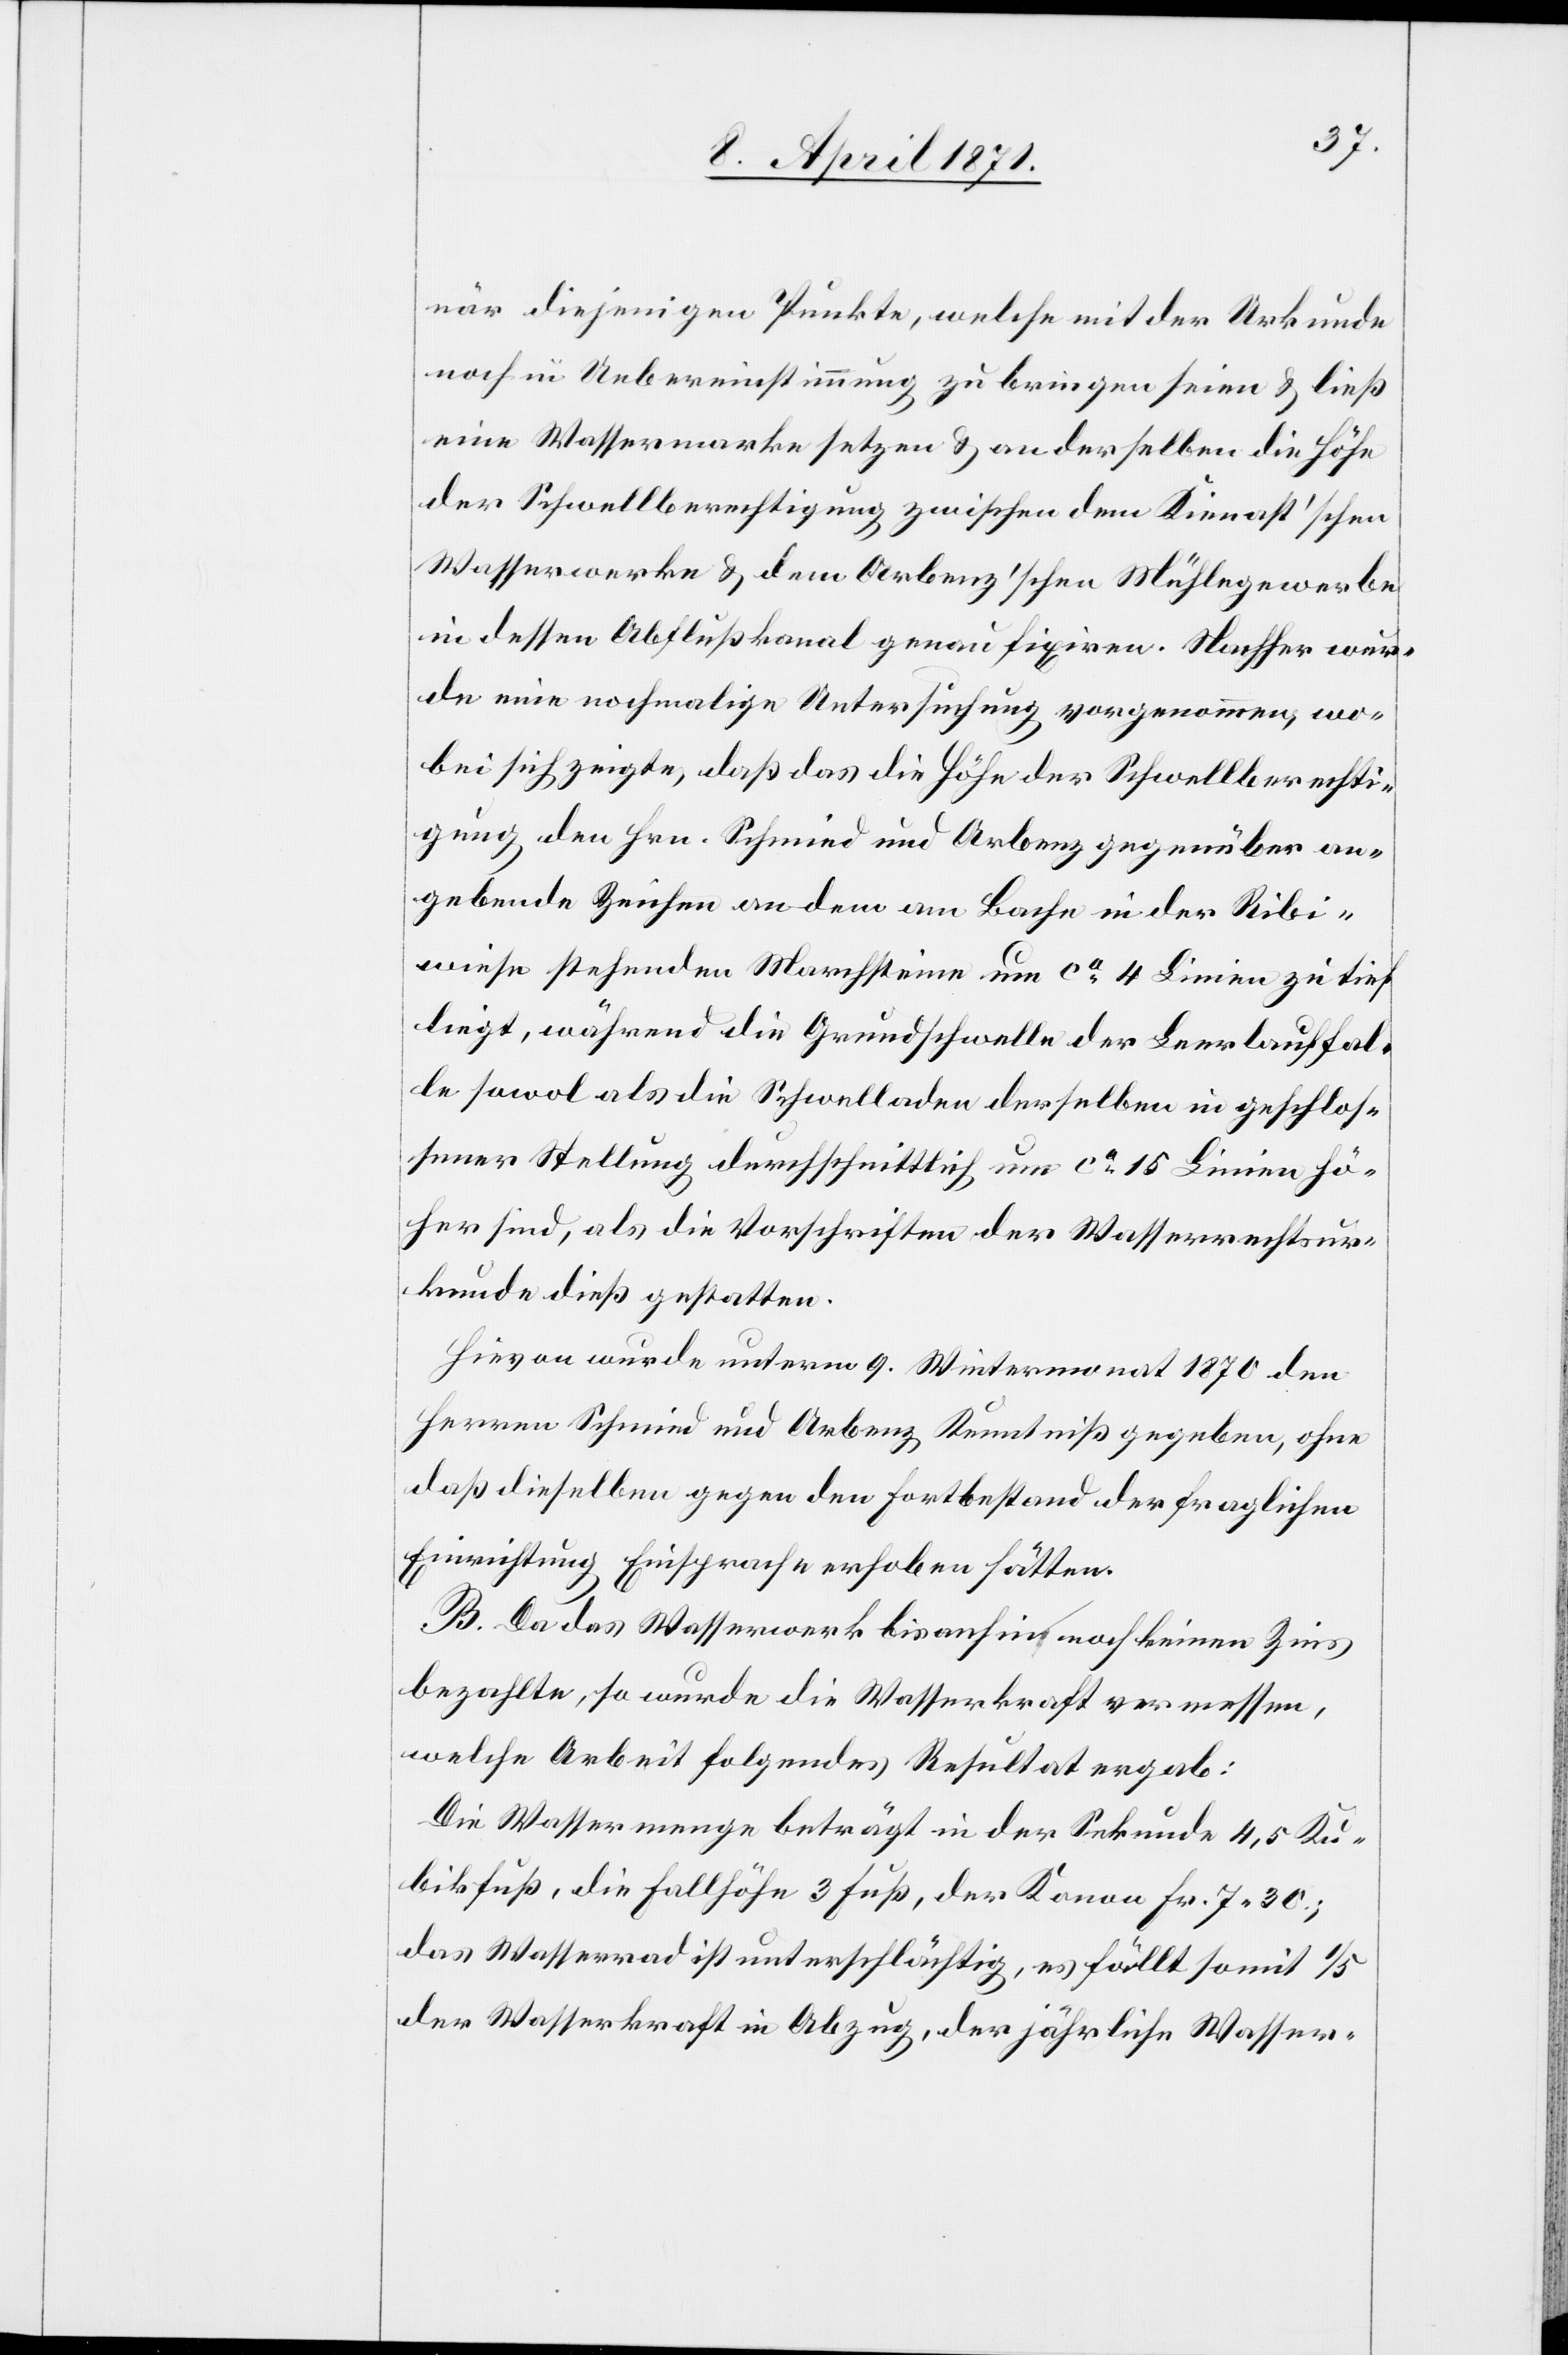
när diejenigen Punkte, welche mit der Urkunde
noch in Uebereinstimmung zu bringen seien u. ließ
eine Wassermarke setzen u. an derselben die Höhe
der Schwellberechtigung zwischen dem Kienast’schen
Wasserwerke u. dem Arbenz’schen Mühlegewerbe
in dessen Abflußkanal genau fixiren. Nachher wur¬
de eine nochmalige Untersuchung vorgenommen, wo¬
bei sich zeigte, daß das die Höhe der Schwellberechti¬
gung den Hrn. Schmid und Arbenz gegenüber an¬
gebende Zeichen an dem am Bache in der Ribi¬
wiese stehenden Marchsteine um ca. 4 Linien zu tief
liegen, während die Grundschwelle der Leerlauffal¬
le sowol als die Schwelladen derselben in geschlos¬
sener Stellung durchschnittlich um ca. 15 Linien hö¬
her sind, als die Vorschriften der Wasserrechtsur¬
kunde dieß gestatten.
Hievon wurde unterm 9. Wintermonat 1870 den
Herren Schmid und Arbenz Kenntniß gegeben, ohne
daß dieselben gegen den Fortbestand der fraglichen
Einrichtung Einsprache erhoben hätten.
B. Da das Wasserwerk bis anhin noch keinen Zins
bezahlte, so wurde die Wasserkraft vermessen,
welche Arbeit folgendes Resultat ergab:
Die Wassermenge beträgt in der Sekunde 4,5 Ku¬
bikfuß, die Fallhöhe 3 Fuß, der Kanon Fr. 7.30;
das Wasserrad ist unterschlächtig, es fällt somit 1/5
der Wasserkraft in Abzug, der jährliche Wasser-